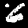
Label: 6